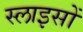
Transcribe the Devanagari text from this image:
स्लाइसों